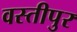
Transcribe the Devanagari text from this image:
वस्तीपुर